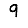
Digit: 9